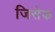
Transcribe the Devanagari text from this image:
जिसेक